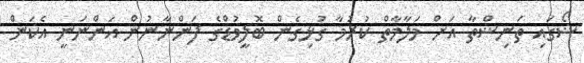
ޝޯގައި ތަނިޝްތާ އަށް މަލާމާތް ކުރުމާ ގުޅިގެން ބޮލީވުޑްގެ ފަންނާނުން އަންނަނީ އެކަން